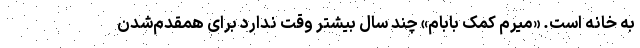
به خانه است. «میرم کمک بابام» چند سال بیشتر وقت ندارد برای همقدم‌شدن